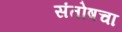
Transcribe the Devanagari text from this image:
संतोषचा